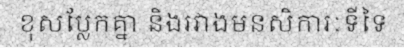
ខុសប្លែកគ្នា និងរវាងមនសិការៈទីទៃ